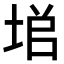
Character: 𡌙